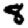
Digit: 8